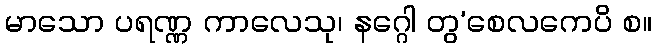
မာသော ပရဏ္ဏ ကာလေသု၊ နဂ္ဂေါ တွ’စေလကေပိ စ။